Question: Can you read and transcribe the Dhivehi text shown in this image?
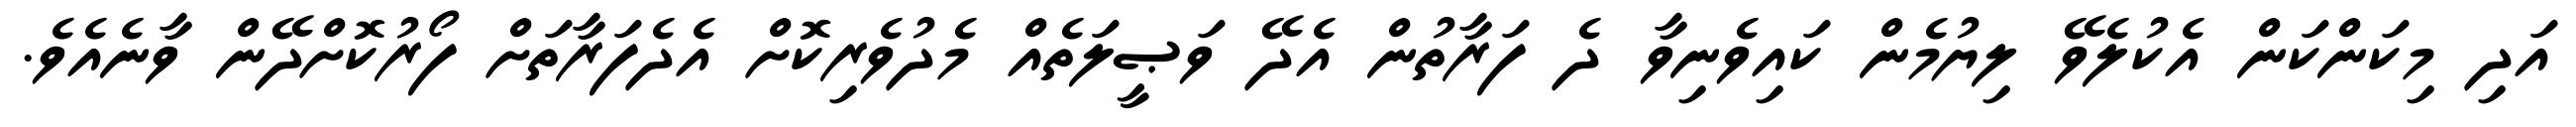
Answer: އަދި މިކަންކަން އެކުލެވޭ ލިޔުމެން ކައިވެނިވާ ދެ ފަރާތުން އެދޭ ވަޞީލަތެއް މެދުވެރިކޮށް އެދެފަރާތަށް ފޯރުކޮށްދޭން ވާނެއެވެ.